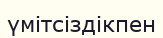
үмітсіздікпен